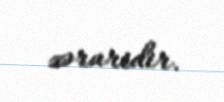
zəruridir.